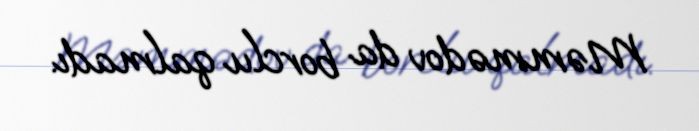
Məmmədov da borclu qalmadı.